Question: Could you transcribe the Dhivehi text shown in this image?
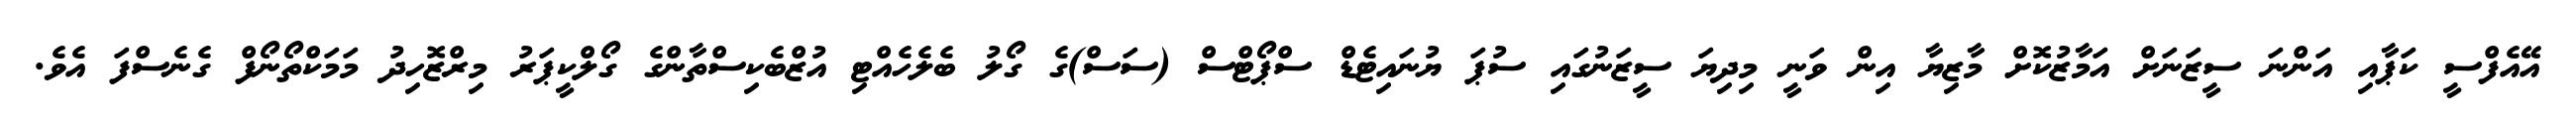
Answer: އޭއެފްސީ ކަޕާއި އަންނަ ސީޒަނަށް އަމާޒުކޮށް މާޒިޔާ އިން ވަނީ މިދިޔަ ސީޒަނުގައި ސުޕަ ޔުނައިޓެޑް ސްޕޯޓްސް (ސަސް)ގެ ގޯލު ބެލެހެއްޓި އުޒްބެކިސްތާންގެ ގޯލްކީޕަރު މިރްޒޮހިދު މަމަކްތޯނޯފް ގެނެސްފަ އެވެ.